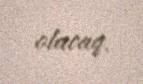
olacaq.